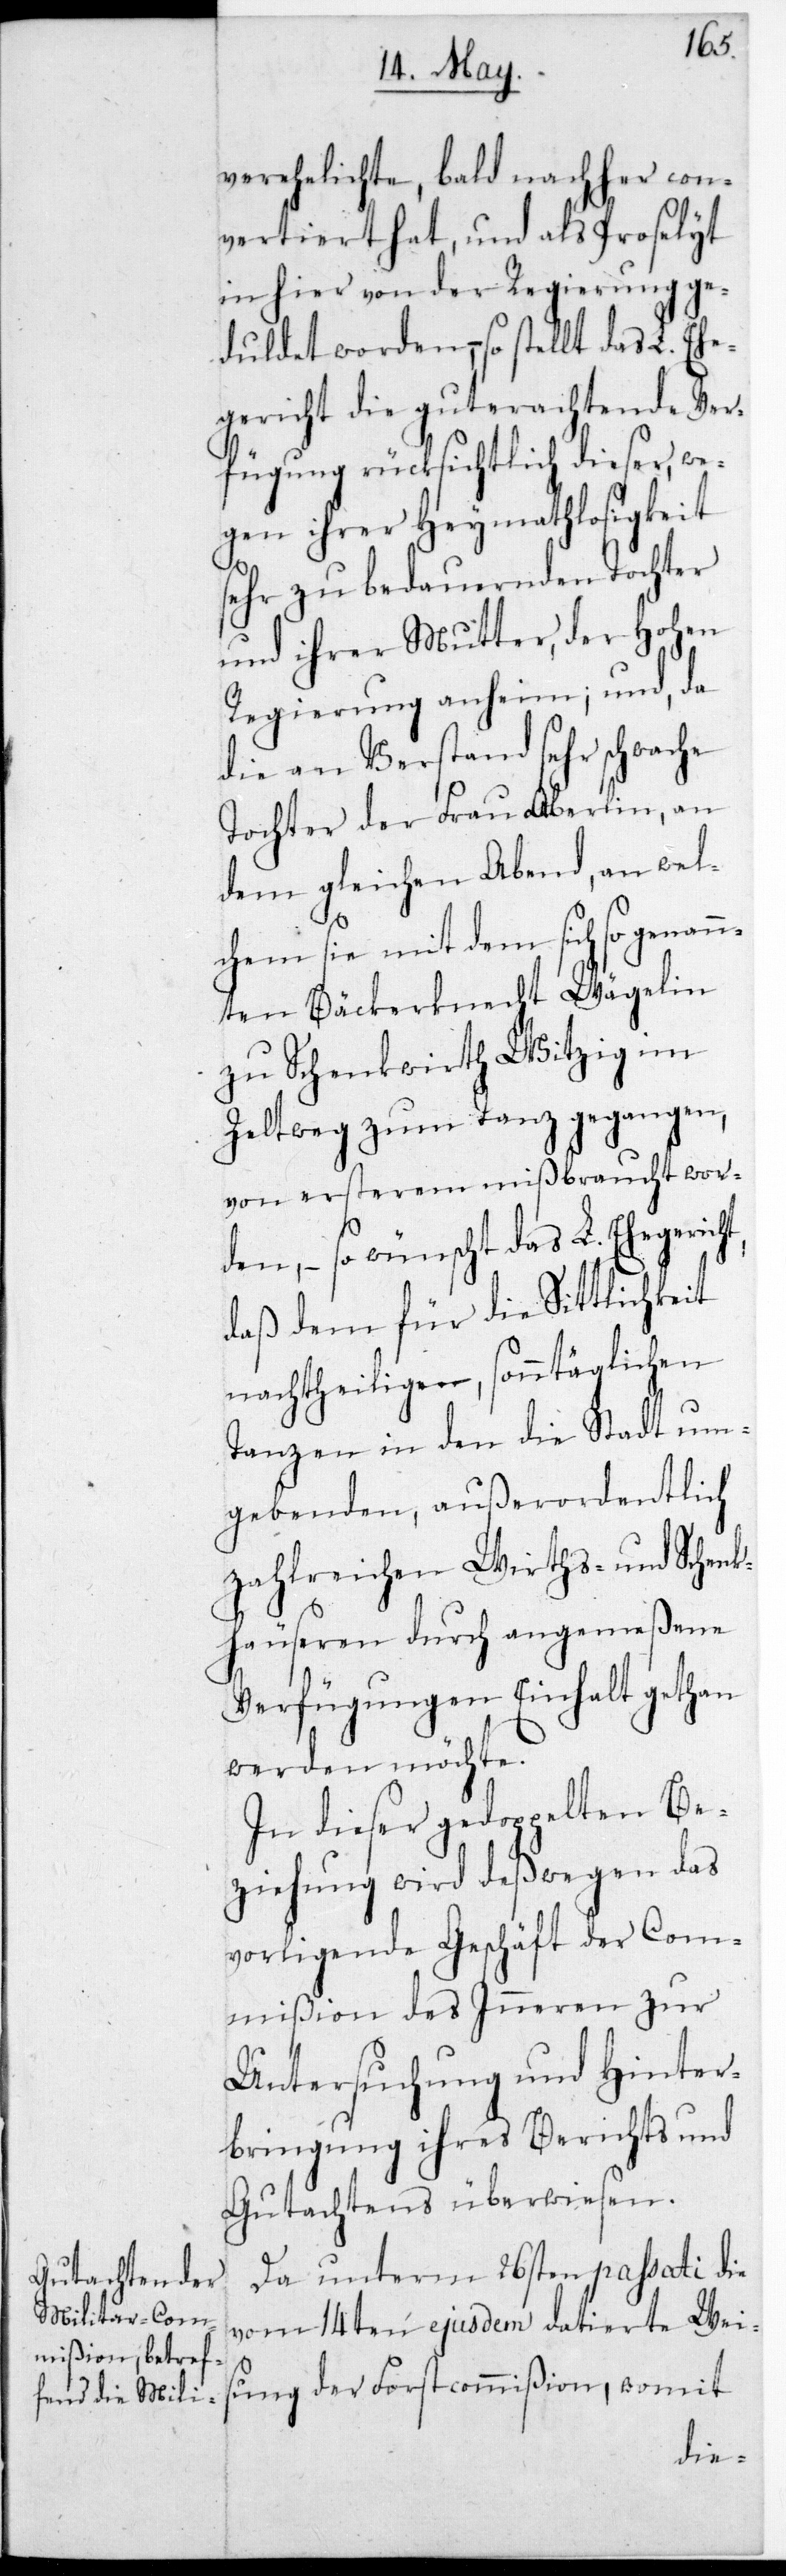
t,
verehelichte, bald nacher con¬
vertiert hat, und als Proselyt
in hier von der Regierung ge¬
duldet worden, so stellt das L. Ehe¬
gericht die gut erachtende Ver¬
fügung rücksichtlich dieser, we¬
gen ihrer Heymathlosigkeit
sehr zu bedauernden Tochter
und ihrer Mutter, der Hohen
Regierung anheim; und da
die an Verstand sehr schwache
Tochter der Frau Aberlin, an
dem gleichen Abend, an wel¬
chem sie mit dem sich sogenan¬
nten Bäckerknecht Wägelin
zu Schenkwirth Witzig im
Zeltweg zum Tanz gegangen,
von ersterem mißbraucht wor¬
den, – so wünscht das L. Ehegerich¬
daß dem für die Sittlichkeit
nachtheiligen, sonntäglichen
Tanzen in den die Stadt um¬
gebenden, außerordentlich
zahlreichen Wirths- und Schenk¬
häuseren durch angemeßene
Verfügungen Einhalt gethan
werden möchte.
In dieser gedoppelten Be¬
ziehung wird deßwegen das
vorligende Geschäft der Com¬
mißion des Inneren zur
Untersuchung und Hinter¬
bringung ihres Berichts und
Gutachtens überwiesen.
Da unterm 26sten passati die
vom 14ten ejusdem datierte Weis¬
ung der Forstcommißion, womit